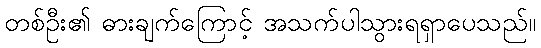
တစ်ဦး၏ ဓားချက်ကြောင့် အသက်ပါသွားရရှာပေသည်။